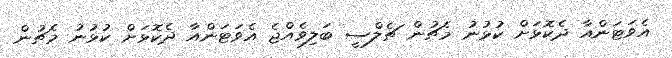
އެވަޓަންއާ ދެކޮޅަށް ކުޅުނު މެޗުން ޗެލްސީ ބަލިވެއްޖެ އެވަޓަންއާ ދެކޮޅަށް ކުޅުނު މެޗުން